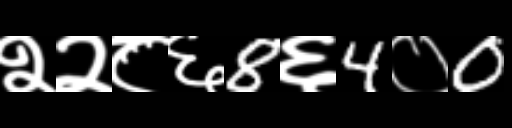
Text: २२८६8६4०0